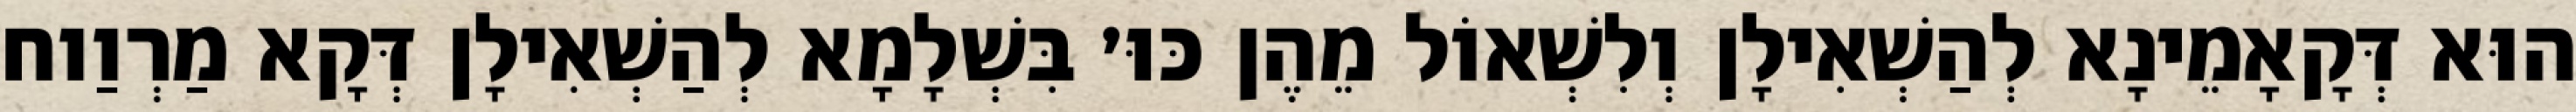
הוּא דְּקָאָמֵינָא לְהַשְׁאִילָן וְלִשְׁאוֹל מֵהֶן כּוּ׳ בִּשְׁלָמָא לְהַשְׁאִילָן דְּקָא מַרְוַוח